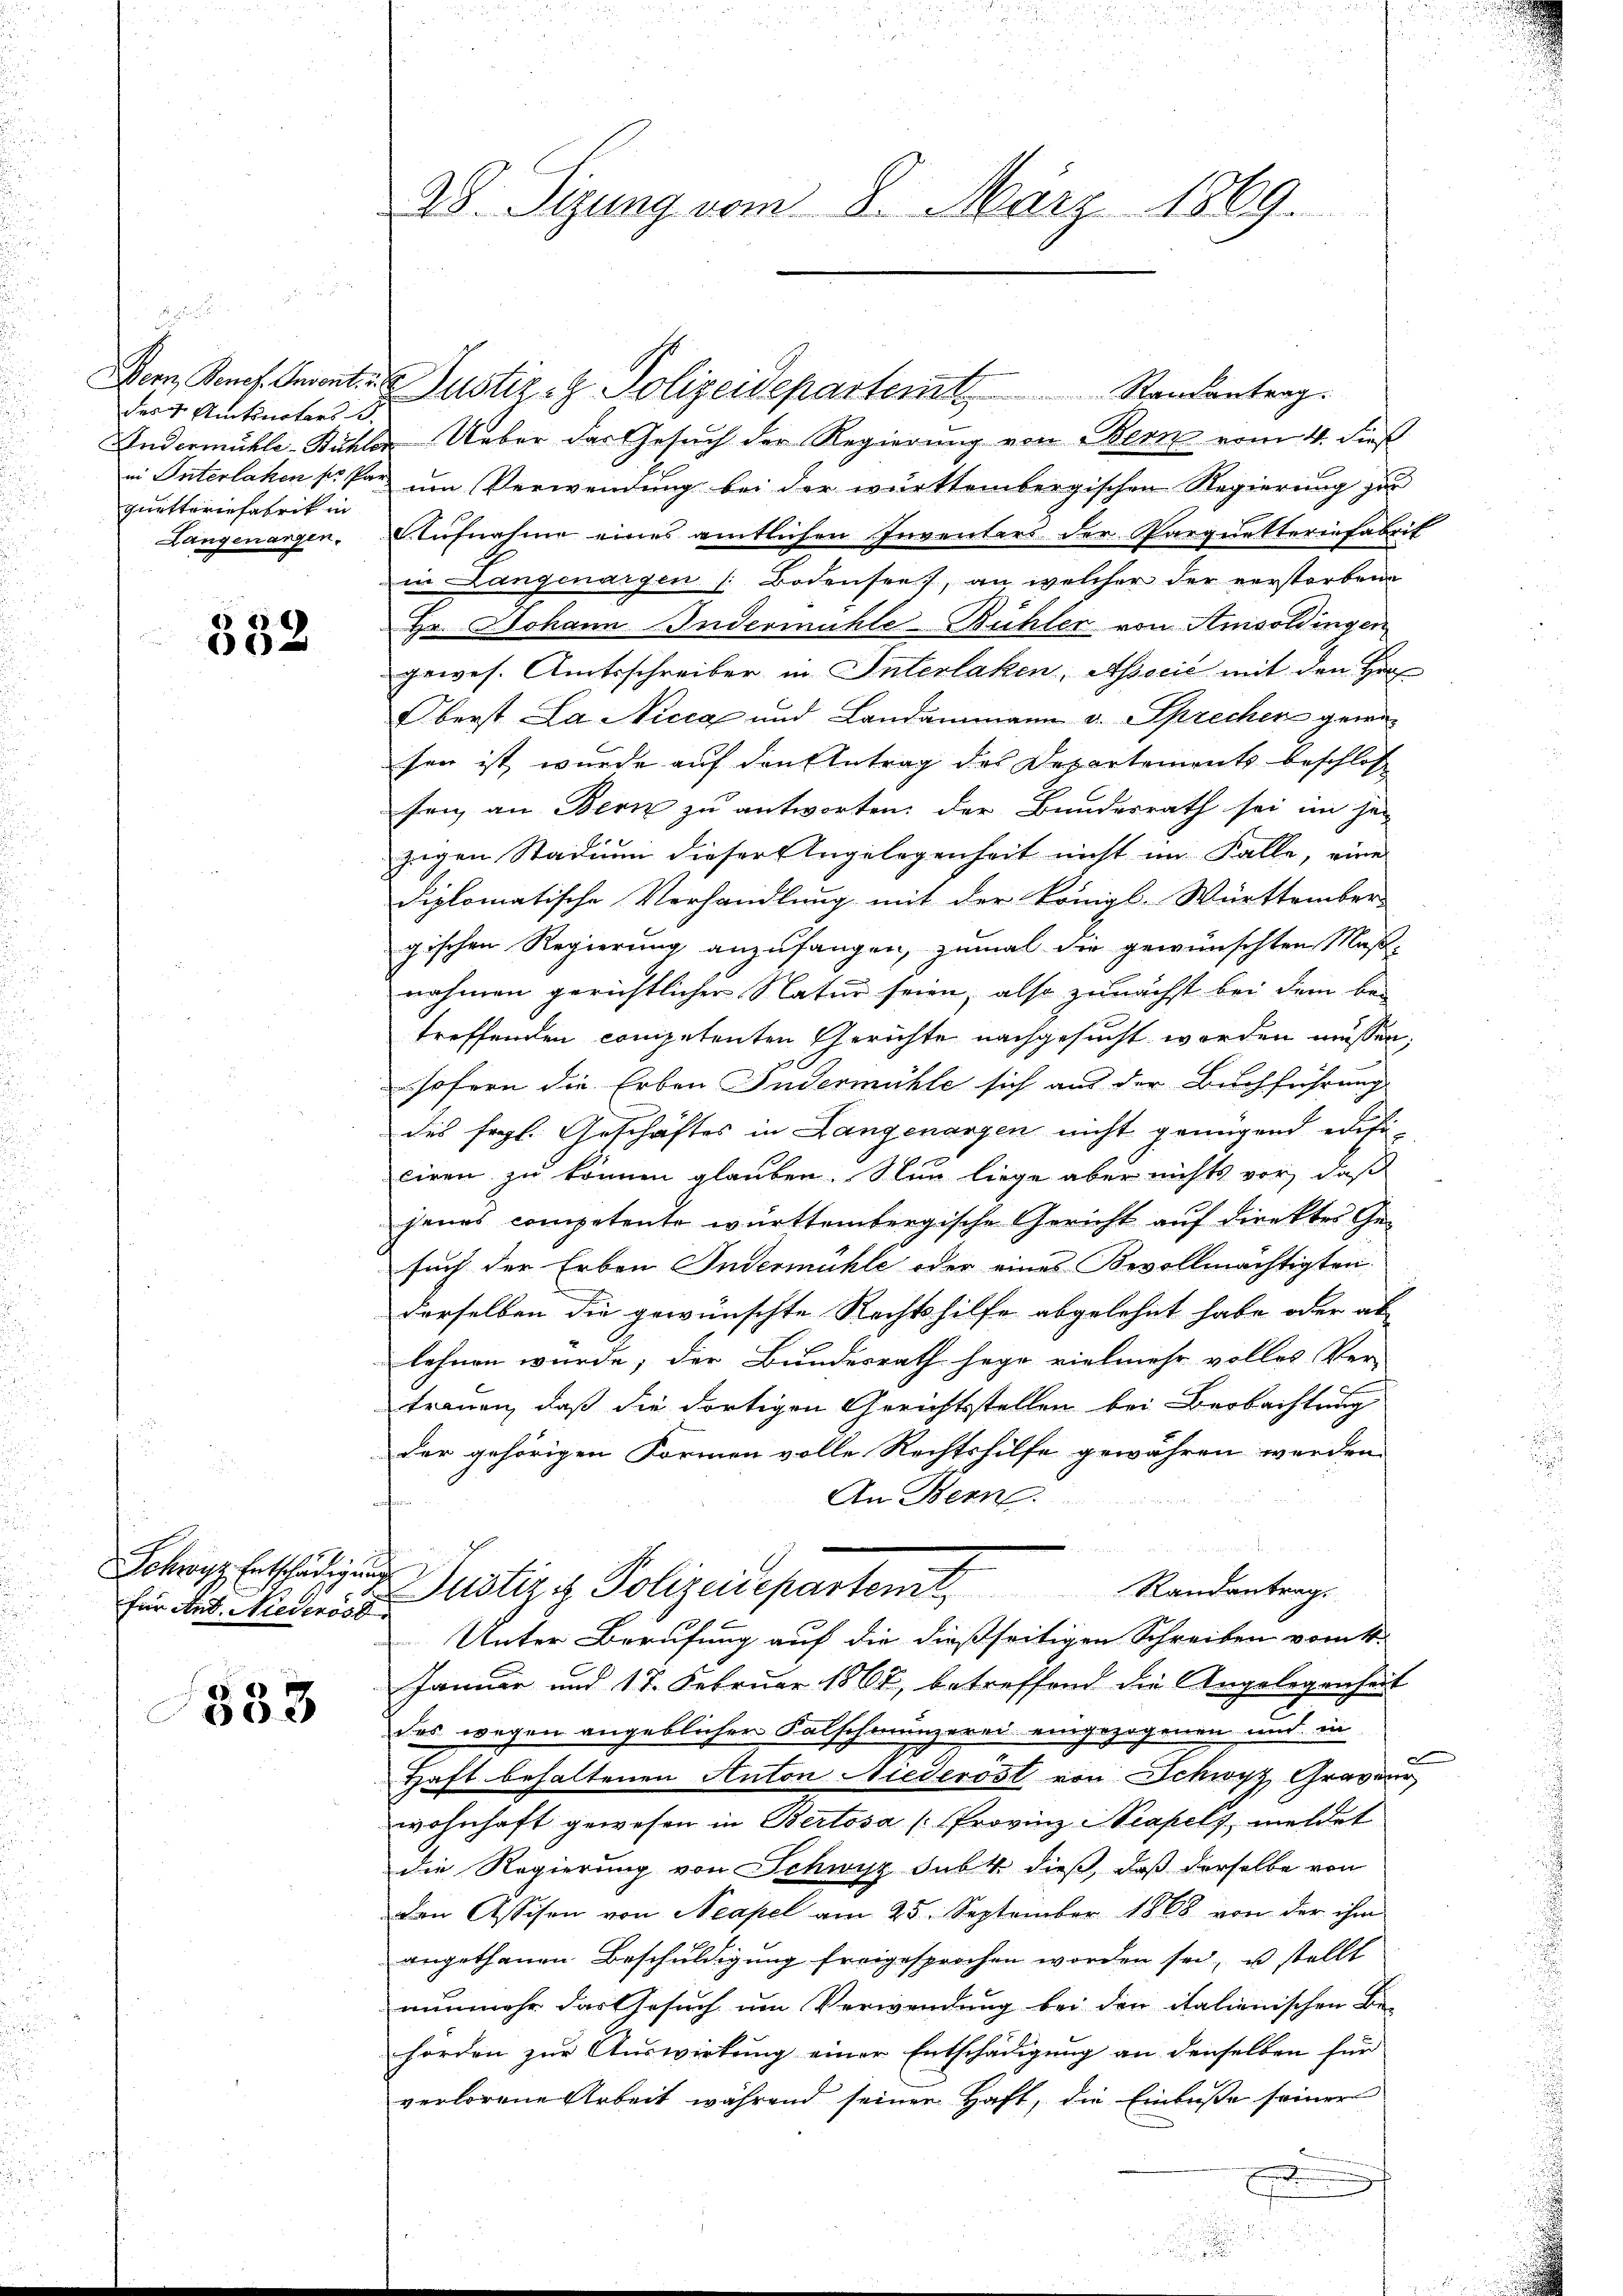
des 7. Amtsnotars B.
quetteriefabrik in
Langenarzen.

532

Schwyz Entschädigung

1833

28. Sizung vom 8. März 1869.

Dem Benef. Amort. Justiz- & Polizeidepartem Randantrag.
Andermühle-Bühler Ueber der Gesuch der Regierung von Bern vom 4. dieß
in Interlaken so par um Verwendung bei der württembergischen Regierung zur
Aufnahme eines amtlichen Inventers der Parquetterinfabrit
in Langenargen (: Bodensee, an welcher der verstorbene
Hr. Johann Indermühle-Bühler von Amsoldingen
gewes. Amtsschreiber in Interlaken, Assecić mit den Hin¬
Oberst La Nicca und Landammann v. Sprecher gewesen ist wurde auf den Antrag des Departements beschlos
fen, an Bern zu antworten der Bundesrath sei im her
zgen Stadium dieser Angelegenheit nicht im Falle, eine
diplomatische Verhandlung mit der Königl. Württember
gischen Regierung anzufangen, zumal die gewünschten Maß-
nahmen gerichtlicher Natur seien, also zunächst bei dem be-
treffenden competenten Gerichte nachgesucht worden müssen,
sofern die Erben Fudermühle sich aus der Buchführung
des fragl. Geschäftes in Langenarzen nicht genügend edifi-
ciren zu können glauben. Nun liege aber nichts vor, daß
jenes competente württembergische Gericht auf direktes Gesuch der Erben Indermühle oder eines Bevollmächtigten
derselben die gewünschte Rechtshilfe abgelehnt habe oder ab
lehnen würde; der Bundesrath hege vielmehr volles Ver-
trauen, daß die dortigen Gerichtsstellen bei Beobachtung
der gehörigen Formen volle Rechtshilfe gewähren werden.
An Bern.

für Art. Niedenes Justiz & Polizeidepartemt, Randantrag
Unter Berufung auf die dießseitigen Schreiben vom 11.
Januar und 17. Februar 1867, betreffend die Angelegenheit
des wegen angeblicher Falschmunzerei eingezogenen und in
e
Haft behaltenen Anton Niederöst von Schwyz, Graveur
wohnhaft gewesen in Bertosa (Provinz Neapelz, meldet
die Regierung von Schwyz subt dieß, daß derselbe von
Den Assisen von Neapel am 25. September 1868 von der ihm
angethanen Beschuldigung freigesprochen worden sei, u stellt
nunmehr das Gesuch um Verwendung bei den italienischen Be-
hörden zur Auswirkung einer Entschädigung an denselben für
verlorene Arbeit während seiner Haft, die Einbuße seiner
E

i